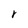
Character: r